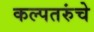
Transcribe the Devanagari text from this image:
कल्पतरुंचे